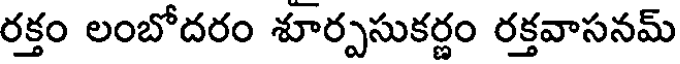
రక్తం లంబోదరం శూర్పసుకర్ణం రక్తవాసనమ్